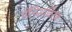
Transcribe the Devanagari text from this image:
पॅलिआर्किटक